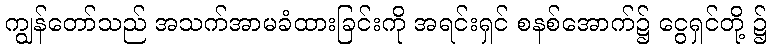
ကျွန်တော်သည် အသက်အာမခံထားခြင်းကို အရင်းရှင် စနစ်အောက်၌ ငွေရှင်တို့ ၌